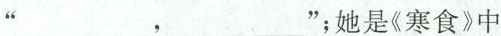
”___，___”；她是《寒食》中